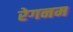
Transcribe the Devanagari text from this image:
रेगनम